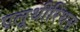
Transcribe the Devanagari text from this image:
एलूथीरिथस